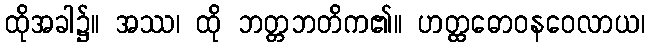
ထိုအခါ၌။ အဿ၊ ထို ဘတ္တဘတိက၏။ ဟတ္ထဓောဝနဝေလာယ၊